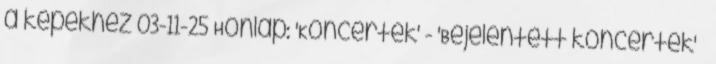
a képekhez 03-11-25 Honlap: 'Koncertek' - 'Bejelentett koncertek' »